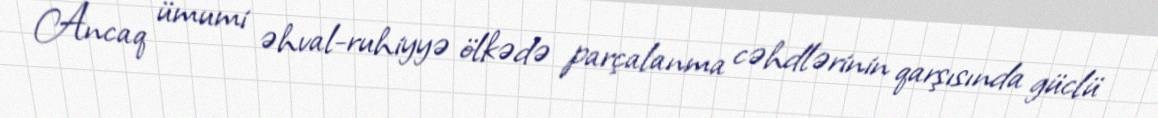
Ancaq ümumi əhval-ruhiyyə ölkədə parçalanma cəhdlərinin qarşısında güclü